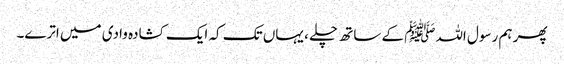
پھر ہم رسول اللہﷺ کے ساتھ چلے ، یہاں تک کہ ایک کشادہ وادی میں اترے۔